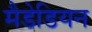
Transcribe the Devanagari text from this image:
मैडेडियन